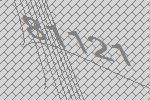
81121